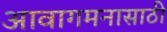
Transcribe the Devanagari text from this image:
आवागमनासाठी